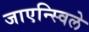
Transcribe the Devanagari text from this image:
जाएन्स्विले